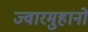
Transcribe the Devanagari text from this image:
ज्वारमुहानों